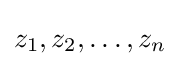
z_{1},z_{2},\ldots ,z_{n}